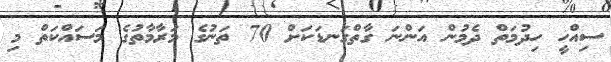
ސިއްހީ ހިދުމަތް ދެމުން އަންނަ ގާތްގަނޑަކަށް 70 ތަނުގެ މަރާމާތުގެ މަސައްކަތް މި